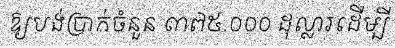
ឱ្យបង់ប្រាក់ចំនួន ៣៧៥.០០០ ដុល្លារដើម្បី